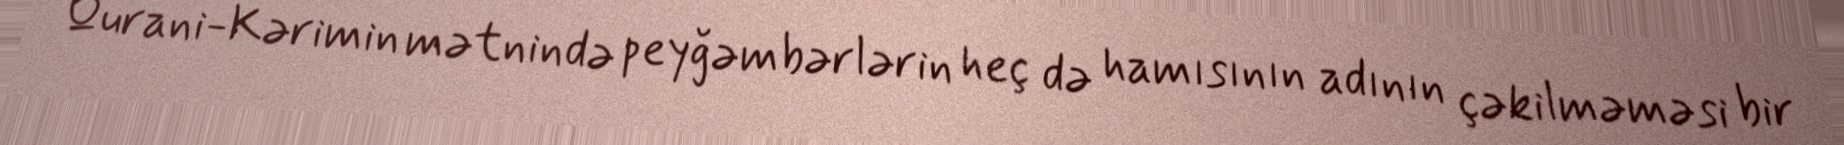
Qurani-Kərimin mətnində peyğəmbərlərin heç də hamısının adının çəkilməməsi bir